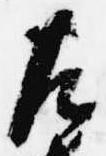
左